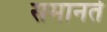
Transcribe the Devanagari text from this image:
समानते